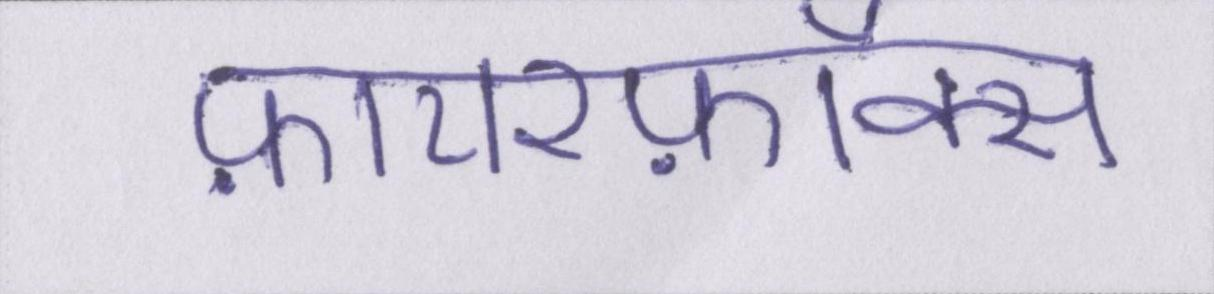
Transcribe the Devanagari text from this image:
फ़ायरफ़ॉक्स